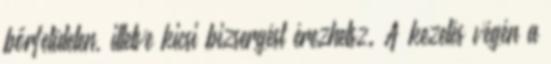
bőrfelületen, illetve kicsi bizsergést érezhetsz. A kezelés végén a